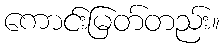
ကောင်းမြတ်တည်း။